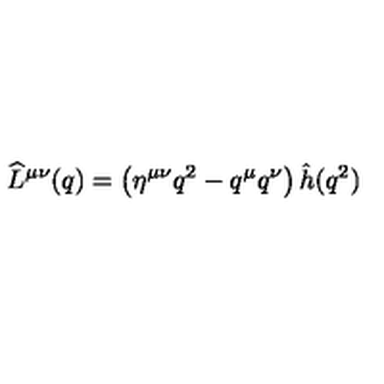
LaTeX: \widehat L ^ { \mu \nu } ( q ) = \left( \eta ^ { \mu \nu } q ^ { 2 } - q ^ { \mu } q ^ { \nu } \right) \hat { h } ( q ^ { 2 } )